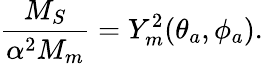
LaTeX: \frac{M_{S}}{\alpha^{2}M_{m}}=Y_{m}^{2}(\theta_{a},\phi_{a}).